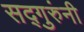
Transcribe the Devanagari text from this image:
सद्गुरुंनी